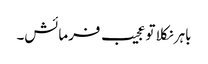
باہر نکلا تو عجیب فرمائش۔